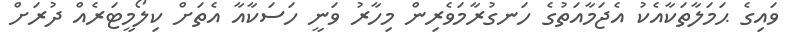
ވައިގެ ޙަމަލާތަކާއެކު އެޖަމާއަތުގެ ހަނގުރާމަވެރިން މިހާރު ވަނީ ހަސަކާއާ އެތަށް ކިލޯމީޓަރެއް ދުރަށް